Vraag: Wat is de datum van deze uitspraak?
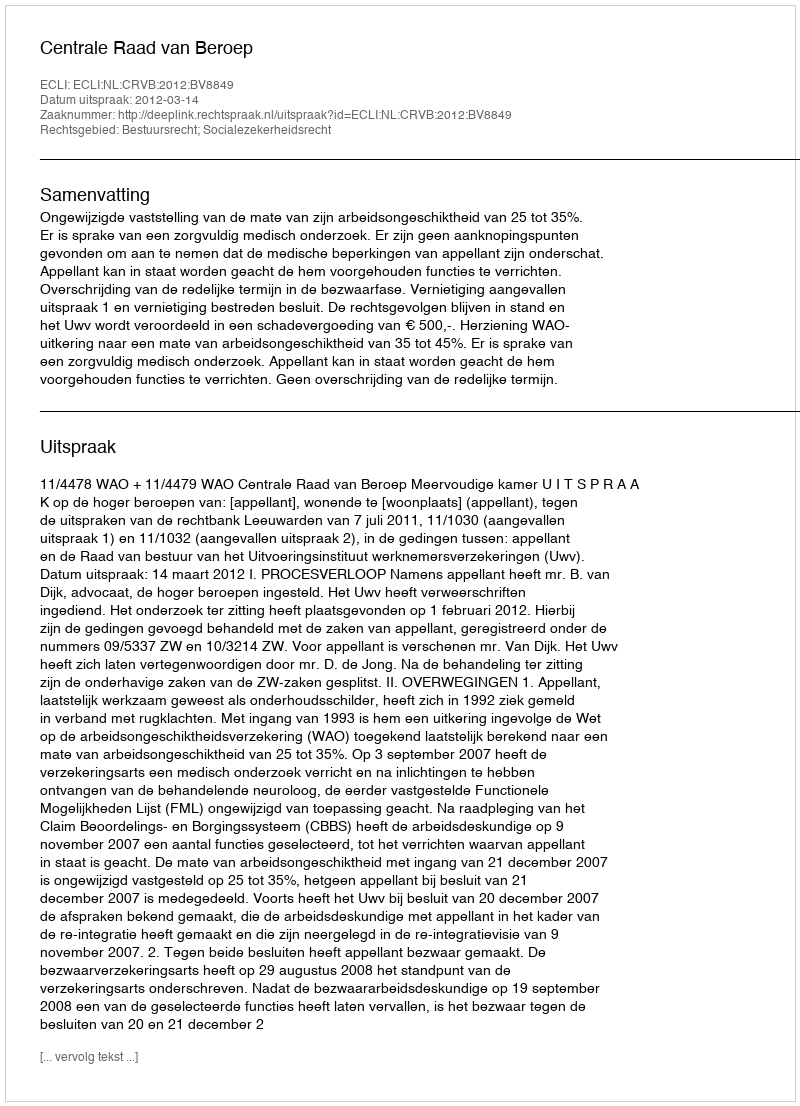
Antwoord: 2012-03-14